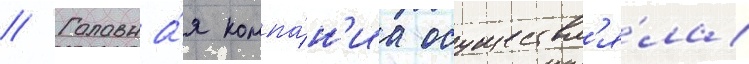
// Головна́я компа́н'иа осуществл'я́ла